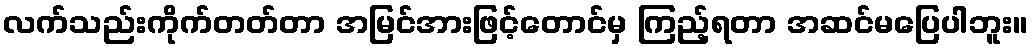
လက်သည်းကိုက်တတ်တာ အမြင်အားဖြင့်တောင်မှ ကြည့်ရတာ အဆင်မပြေပါဘူး။